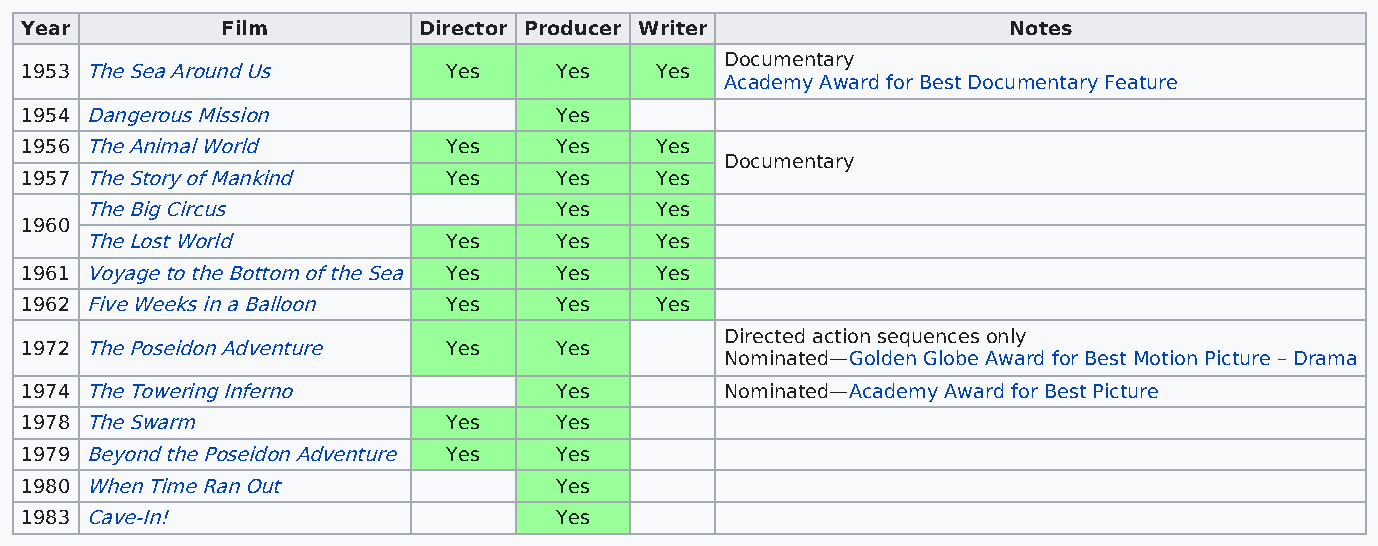
Year          Film         Director Producer Writer               Notes
 Documentary
 1953 The Sea Around Us       Yes    Yes   Yes
 Academy Award for Best Documentary Feature
 1954 Dangerous Mission              Yes
 1956 The Animal World        Yes    Yes   Yes
 Documentary
 1957 The Story of Mankind    Yes    Yes   Yes
 The Big Circus                 Yes   Yes
 1960
 The Lost World          Yes    Yes   Yes
 1961 Voyage to the Bottom of the Sea Yes Yes Yes
 1962 Five Weeks in a Balloon Yes    Yes   Yes
 Directed action sequences only
 1972 The Poseidon Adventure  Yes    Yes
 Nominated—Golden Globe Award for Best Motion Picture – Drama
 1974 The Towering Inferno           Yes        Nominated—Academy Award for Best Picture
 1978 The Swarm               Yes    Yes
 1979 Beyond the Poseidon Adventure Yes Yes
 1980 When Time Ran Out              Yes
 1983 Cave-In!                       Yes